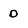
Character: 0